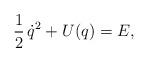
LaTeX: \begin{align*}{\frac12}\,{\dot q}^{2}+U(q)={E}, \end{align*}